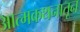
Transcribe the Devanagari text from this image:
आत्मकथनातून